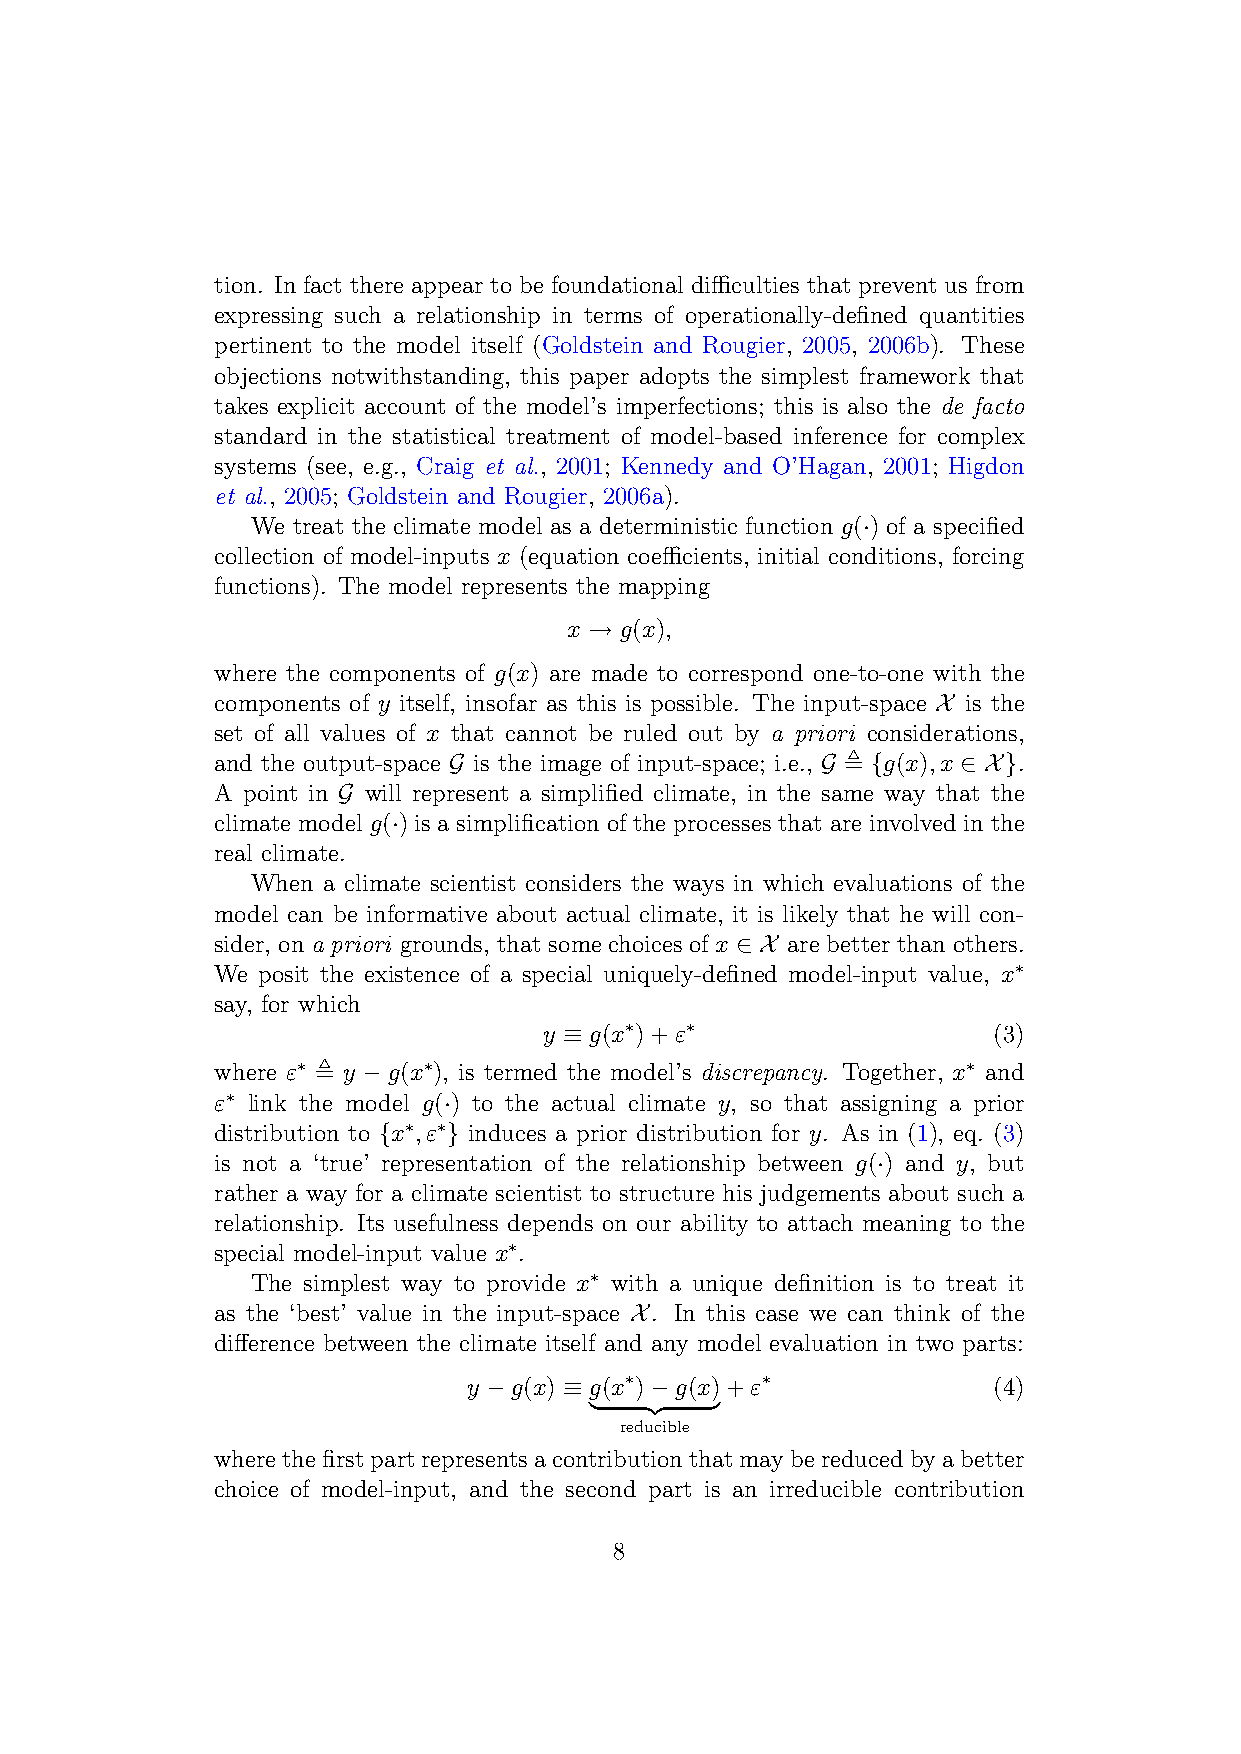
tion. In fact there appear to be foundational difficulties that prevent us from
 expressing such a relationship in terms of operationally-defined quantities
 pertinent to the model itself (Goldstein and Rougier, 2005, 2006b). These
 objections notwithstanding, this paper adopts the simplest framework that
 takes explicit account of the model’s imperfections; this is also the de facto
 standard in the statistical treatment of model-based inference for complex
 systems (see, e.g., Craig et al., 2001; Kennedy and O’Hagan, 2001; Higdon
 et al., 2005; Goldstein and Rougier, 2006a).
 We treat the climate model as a deterministic function g(·) of a specified
 collection of model-inputs x (equation coefficients, initial conditions, forcing
 functions). The model represents the mapping
 x → g(x),
 where the components of g(x) are made to correspond one-to-one with the
 components of y itself, insofar as this is possible. The input-space X is the
 set of all values of x that cannot be ruled out by a priori considerations,
 and the output-space G is the image of input-space; i.e., G , {g(x),x ∈ X}.
 A point in G will represent a simplified climate, in the same way that the
 climate model g(·) is a simplification of the processes that are involved in the
 real climate.
 When a climate scientist considers the ways in which evaluations of the
 model can be informative about actual climate, it is likely that he will con-
 sider, on a priori grounds, that some choices of x ∈ X are better than others.
 We posit the existence of a special uniquely-defined model-input value, x∗
 say, for which
 y ≡ g(x∗)+ε∗                  (3)
 where ε∗ , y −g(x∗), is termed the model’s discrepancy. Together, x∗ and
 ε∗ link the model g(·) to the actual climate y, so that assigning a prior
 distribution to {x∗,ε∗} induces a prior distribution for y. As in (1), eq. (3)
 is not a ‘true’ representation of the relationship between g(·) and y, but
 rather a way for a climate scientist to structure his judgements about such a
 relationship. Its usefulness depends on our ability to attach meaning to the
 special model-input value x∗.
 The simplest way to provide x∗ with a unique definition is to treat it
 as the ‘best’ value in the input-space X. In this case we can think of the
 difference between the climate itself and any model evaluation in two parts:
 y −g(x) ≡ g(x∗)−g(x)+ε∗            (4)
 |   {z  }
 reducible
 wherethefirstpartrepresentsacontributionthatmaybereducedbyabetter
 choice of model-input, and the second part is an irreducible contribution
 8